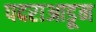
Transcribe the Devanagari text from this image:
पदराआडून